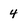
Character: 4